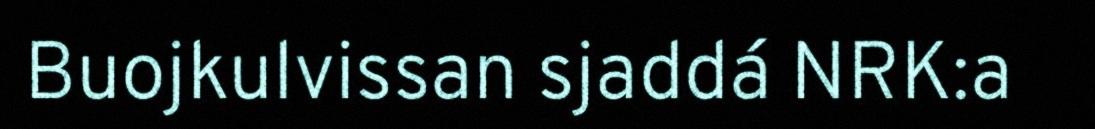
Buojkulvissan sjaddá NRK:a